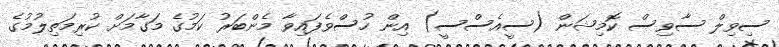
ސިވިލް ސާވިސް ކޮމިޝަން (ސީއެސްސީ) އިން ހުސްވެފައިވާ މެންބަރު ކަމުގެ މަގާމަށް ކުރިމަތިލުމުގެ